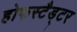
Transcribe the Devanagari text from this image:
होफस्टैड्टर